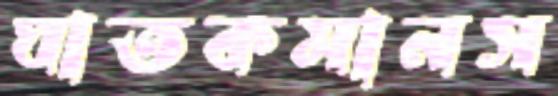
ঘাতকমানস